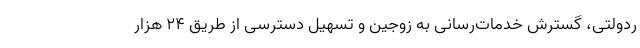
ردولتی، گسترش خدمات‌رسانی به زوجین و تسهیل دسترسی از طریق ۲۴ هزار